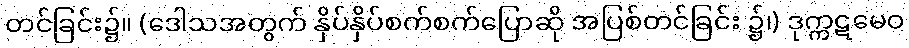
တင်ခြင်း၌။ (ဒေါသအတွက် နှိပ်နှိပ်စက်စက်ပြောဆို အပြစ်တင်ခြင်း ၌၊) ဒုက္ကဋမေဝ